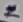
Text: 2